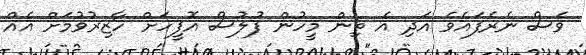
ވެސް ނެރެފައެވެ އަދި އެ ތިން މީހުން ފުލުސް އޮފީހަށް ހާޒިރުވުމަށް އެއް